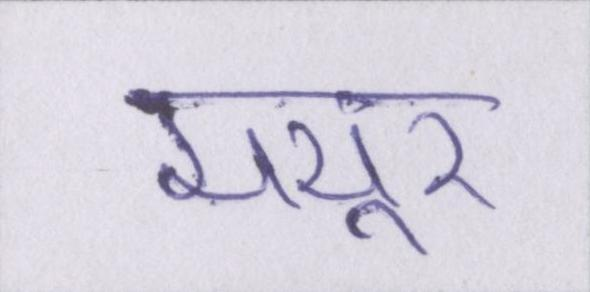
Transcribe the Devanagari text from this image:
मयूर